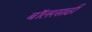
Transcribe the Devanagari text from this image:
बॉलरसाठी